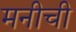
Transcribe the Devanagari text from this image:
मनीची